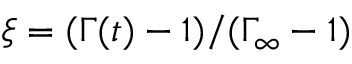
\xi = ( \Gamma ( t ) - 1 ) / ( \Gamma _ { \infty } - 1 )